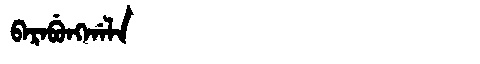
Manchu: ᠪᠠᡵᠠᠪᡠᠩᡤᠠᠯᠠ
Romanization: BARABUNGGALA